Tezpur Lunatic Asylum reports 1877-1894 - 1877-1894
Year: 1877
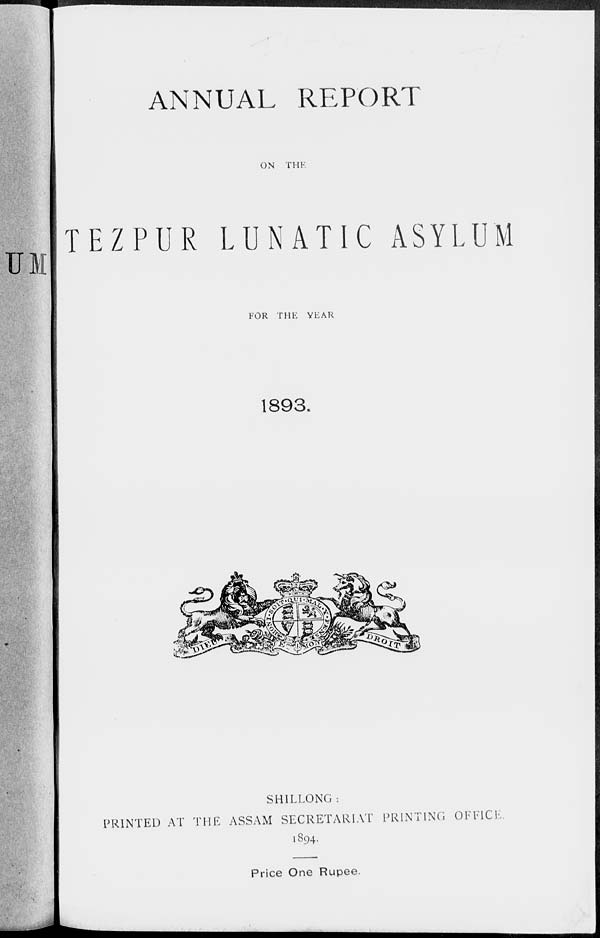
Ul
ANNUAL REPORT
ON THK
TEZPUR LUNATIC ASYLUM
FOR THE YEAR
1893,
SH1LLONG :
PRINTED AT THE ASSAM SECRETARIAT PRINTING OFFICE
1894.
Price One Rupee.